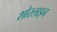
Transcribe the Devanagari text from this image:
शोरलाइन